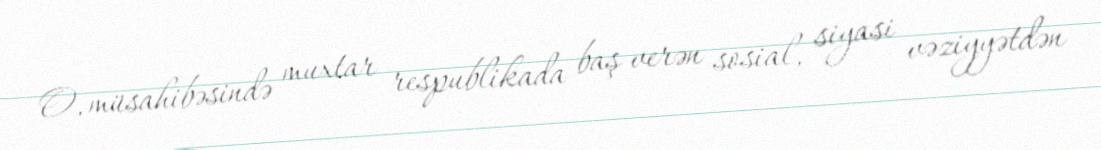
O, müsahibəsində muxtar respublikada baş verən sosial, siyasi vəziyyətdən